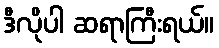
ဒီလိုပါ ဆရာကြီးရယ်။